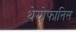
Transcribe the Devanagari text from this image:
थेयोफानिस